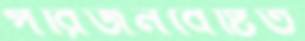
পরিজনবেষ্টিত